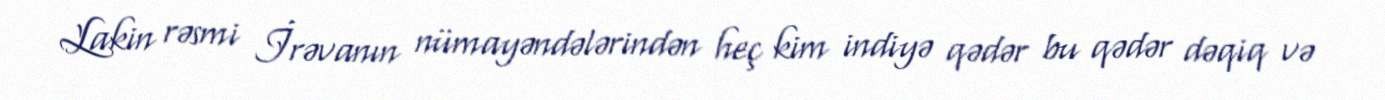
Lakin rəsmi İrəvanın nümayəndələrindən heç kim indiyə qədər bu qədər dəqiq və